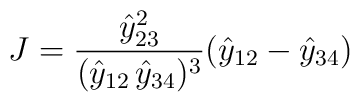
J = \frac{\hat{y}_{23}^2}{(\hat{y}_{12} \, \hat{y}_{34})^3} (\hat{y}_{12} - \hat{y}_{34})